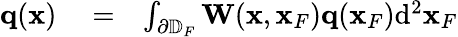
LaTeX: \begin{array}{rlr}{{\mathbf q}({\mathbf x})}&{{}=}&{\int_{\partial\mathbb{D}_{F}}{\mathbf W}({\mathbf x},{\mathbf x}_{F}){\mathbf q}({\mathbf x}_{F})\mathrm{d}^{2}{\mathbf x}_{F}}\end{array}